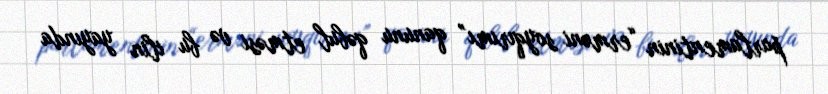
parlamentinin “erməni soyqırımı” qanunu qəbul etməsi və bu ilin yayında